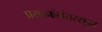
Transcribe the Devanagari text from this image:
प्रयत्नांनंतरसुद्धा